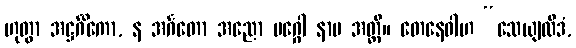
ဟုတွာ အဋ္ဌင်္ဂိကော, န အင်္ဂတော အညော မဂ္ဂေါ နာမ အတ္ထိ။ တေနေဝါဟ “သေယျထိဒံ,